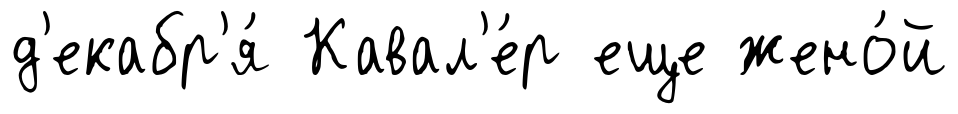
д'екабр'я́ Кавал'е́р еще жено́й